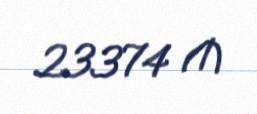
23374 ₼